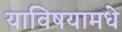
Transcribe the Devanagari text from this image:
याविषयामधे